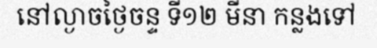
នៅល្ងាចថ្ងៃចន្ទ ទី១២ មីនា កន្លងទៅ